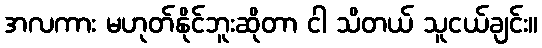
အလကား မဟုတ်နိုင်ဘူးဆိုတာ ငါ သိတယ် သူငယ်ချင်း။